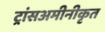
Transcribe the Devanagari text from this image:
ट्रांसअमीनीकृत